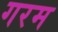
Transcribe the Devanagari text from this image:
गरम